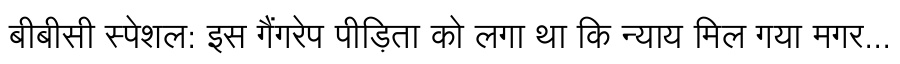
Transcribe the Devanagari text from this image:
बीबीसी स्पेशल: इस गैंगरेप पीड़िता को लगा था कि न्याय मिल गया मगर...